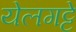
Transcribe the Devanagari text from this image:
येलगट्टे